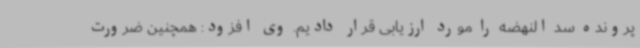
پرونده سد النهضه را مورد ارزیابی قرار دادیم. وی افزود: همچنین ضرورت